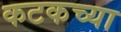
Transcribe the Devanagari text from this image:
कटकच्या